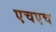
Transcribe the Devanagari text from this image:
एचएच